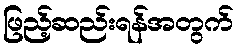
ဖြည့်ဆည်းရန်အတွက်